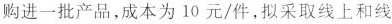
购进一批产品，成本为10元/件，拟采取线上和线